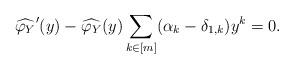
LaTeX: \begin{align*} \widehat{\varphi_Y}'(y) - \widehat{\varphi_Y}(y) \sum_{k\in [m]} (\alpha_k-\delta_{1,k}) y^k = 0.\end{align*}